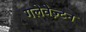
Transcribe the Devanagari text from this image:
गलेवेज़्टन